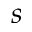
s